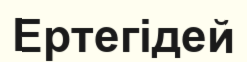
Ертегідей